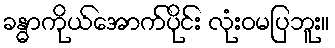
ခန္ဓာကိုယ်အောက်ပိုင်း လုံးဝမပြဘူး။